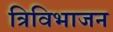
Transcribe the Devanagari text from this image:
त्रिविभाजन